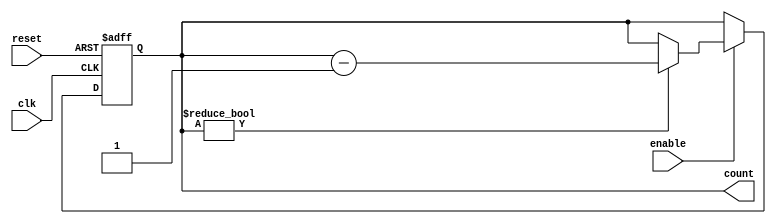
module down_counter #(
    parameter N = 4           // Parameter for N-bit counter (change as per requirement)
)(
    input wire clk,          // Clock signal
    input wire enable,       // Enable signal to allow counting
    input wire reset,        // Asynchronous reset signal
    output reg [N-1:0] count // Current count value
);

// Asynchronous reset and counting behavior
always @(posedge clk or posedge reset) begin
    if (reset) begin
        count <= N'b1111; // Set to max value (N-1), for N=4 it is 15 (binary 1111)
    end else if (enable) begin
        if (count != 0) begin
            count <= count - 1; // Decrement the count
        end
        // If count is zero, it stays zero
    end
end

endmodule